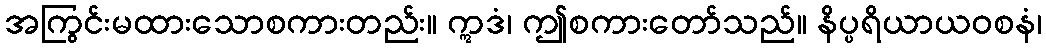
အကြွင်းမထားသောစကားတည်း။ ဣဒံ၊ ဤစကားတော်သည်။ နိပ္ပရိယာယဝစနံ၊